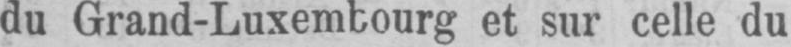
du Grand-Luxembourg et sur celle du